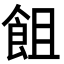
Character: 飷